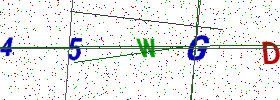
Text: 45WGD